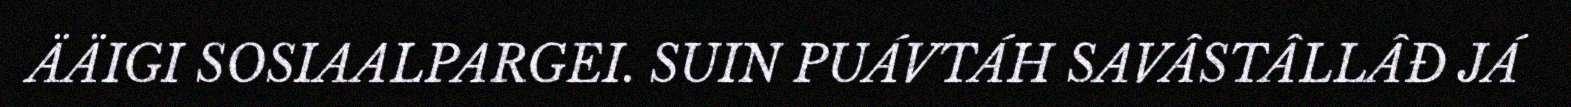
ÄÄIGI SOSIAALPARGEI. SUIN PUÁVTÁH SAVÂSTÂLLÂĐ JÁ